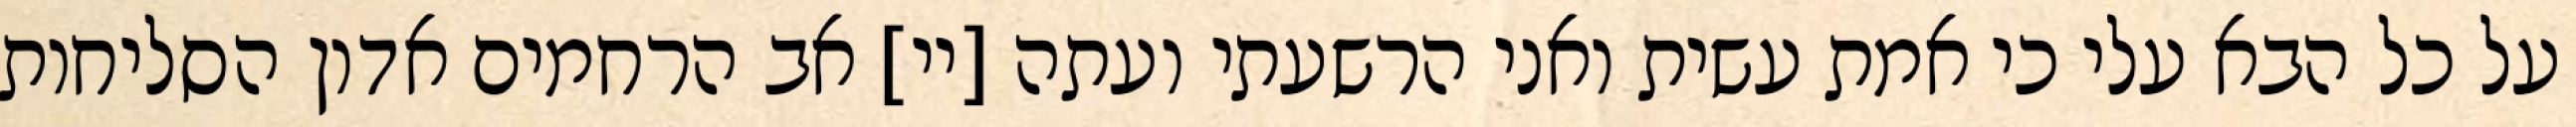
על כל הבא עלי כי אמת עשית ואני הרשעתי ועתה [יי] אב הרחמים אדון הסליחות